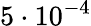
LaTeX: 5\cdot 10^{-4}